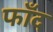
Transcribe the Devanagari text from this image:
फाँद